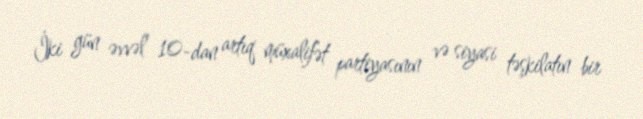
İki gün əvvəl 10-dan artıq müxalifət partiyasının və siyasi təşkilatın bir